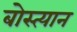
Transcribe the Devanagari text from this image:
बोस्त्यान